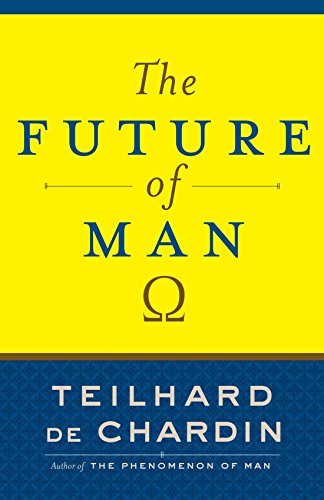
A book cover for The Future of Man; Teilhard de Chardin; Christian Books & Bibles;